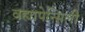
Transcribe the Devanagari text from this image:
वह्यापेन्सिली